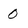
Character: 0